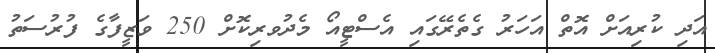
އަދި ކުރިއަށް އޮތް އަހަރު ގެތެރޭގައި އެސްޓީއޯ މެދުވރިކޮށް 250 ވަޒީފާގެ ފުރުސަތު